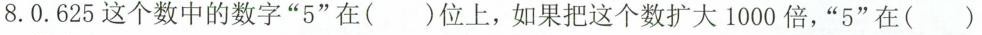
8.0.625这个数中的数字“5”在（）位上，如果把这个数扩大1000倍，“5”在（）